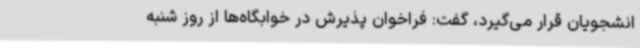
انشجویان قرار می‌گیرد، گفت: فراخوان پذیرش در خوابگاه‌ها از روز شنبه